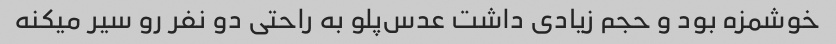
خوشمزه بود و حجم زیادی داشت عدس‌پلو به راحتی دو نفر رو سیر میکنه